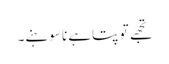
تجھے تو پتاہے نا سوہنے۔